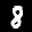
Label: 8